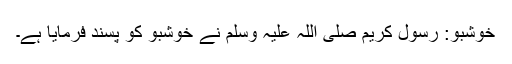
خوشبو: رسول کریم صلی اللہ علیہ وسلم نے خوشبو کو پسند فرمایا ہے۔